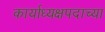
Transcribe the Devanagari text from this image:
कार्याध्यक्षपदाच्या